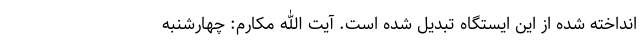
انداخته شده از این ایستگاه تبدیل شده است. آیت الله مکارم: چهارشنبه